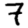
Digit: 7